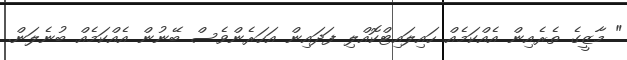
" މާޒީގެ ތެރެއިން އެއްކަމެއް ހައިލައިޓްކޮއްލި ފަދައިން އަހަރެންވެސް ބޭނުން އެއްކަމެއް ބުނެލަން.